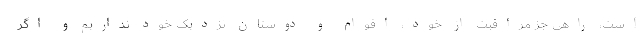
است، راهی جز مراقبت از خود، اقوام و دوستان نزدیک خود نداریم و اگر